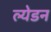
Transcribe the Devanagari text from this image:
ल्येडन